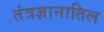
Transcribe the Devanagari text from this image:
तंत्रज्ञानातिल